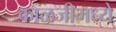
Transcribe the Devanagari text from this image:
काळजीमध्ये